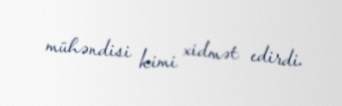
mühəndisi kimi xidmət edirdi.